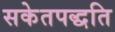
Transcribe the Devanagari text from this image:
सकेतपद्धति